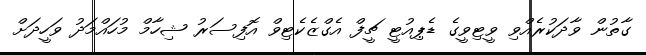
ގާތުން ވާދަކުރެއްވި ވީޓިވީގެ ޑެޕިއުޓީ ޗީފް އެގްޒެކެޓިވް އޮފިސަރު ޝިހާމް މުހައްމަދު ވަހީދަށް